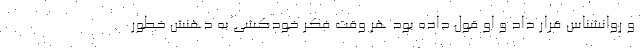
و روانشناس قرار داد و او قول داده بود هر وقت فکر خودکشی به ذهنش خطور